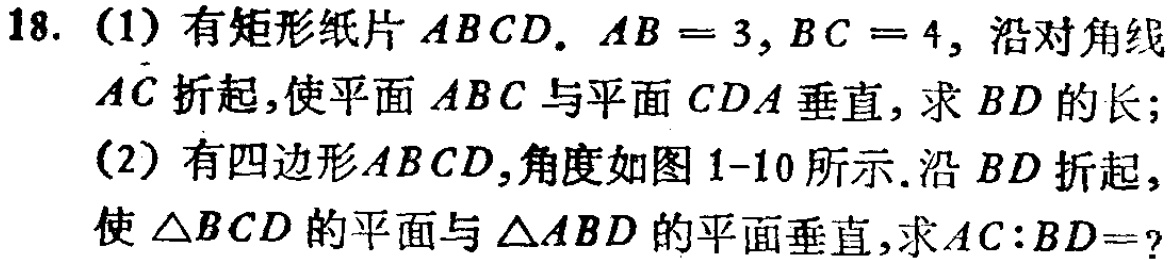
18. (1) 有矩形纸片 \(ABCD\). \(AB = 3,BC = 4\), 沿对角线 \(AC\) 折起, 使平面 \(ABC\) 与平面 \(CDA\) 垂直, 求 \(BD\) 的长;
(2) 有四边形 \(ABCD\),角度如图 1-10 所示. 沿 \(BD\) 折起, 使 \(\triangle BCD\) 的平面与 \(\triangle ABD\) 的平面垂直,求 \(AC:BD =\)?